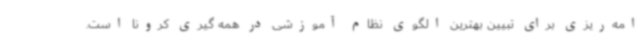
امه‌ریزی برای تبیین بهترین الگوی نظام آموزشی در همه گیری کرونا است.